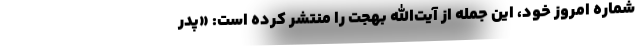
شماره امروز خود، این جمله از آیت‌الله بهجت را منتشر کرده است: «پدر